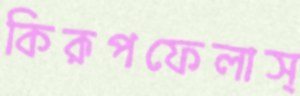
কিরূপফেলাস্